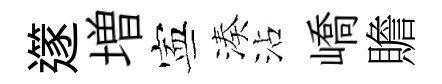
𨗹増寕湊沾嶠贍